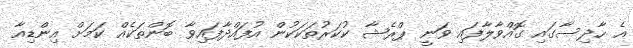
އެ ހާދިސާގައި ގޮއްވާލާފައި ވަނީ ޕްރެޝާ ކުކަރުތަކަކުން އުފައްދާފައިވާ ބޮންތަކެއް ކަމަށް އިންޑިއާ